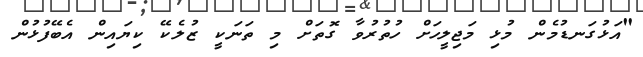
"އަޅުގަނޑުމެން މުޅި މަޖިލީހަށް ހުތުރުވާ ގޮތަށް މި ތަނަކީ ޒުލެކޭ ކިޔައިން އެބޭފުޅުން